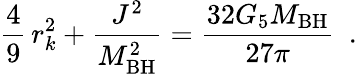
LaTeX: \frac{4}{9}\, r_{k}^{2}+\frac{J^{2}}{M_{\mathrm{BH}}^{2}}=\frac{32G_{5}M_{\mathrm{BH}}}{27\pi}\ \ .